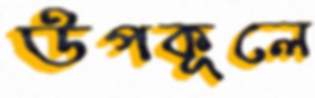
উপকূলে